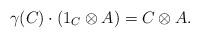
LaTeX: \begin{align*} \gamma(C)\cdot(1_C\otimes A)=C\otimes A. \end{align*}